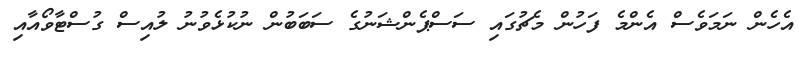
އެހެން ނަމަވެސް އެންމެ ފަހުން މެޗުގައި ސަސްޕެންޝަނުގެ ސަބަބުން ނުކުޅެވުނު ލުއިސް ގުސްޓާވޯއާއި